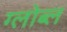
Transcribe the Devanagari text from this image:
ग्लोब्ल